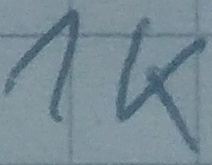
Text: 1K